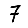
Digit: 7